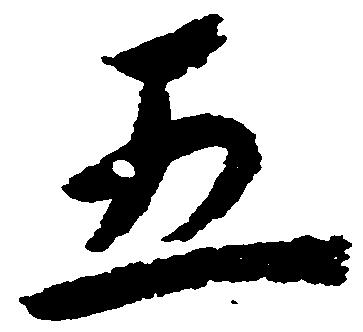
五